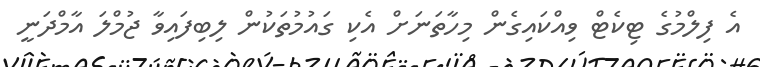
އެ ފިލްމުގެ ޓިކެޓް ވިއްކައިގެން މިހާތަނަށް އެކި ގައުމުތަކުން ލިބިފައިވާ ޖުމްލަ އާމްދަނީ